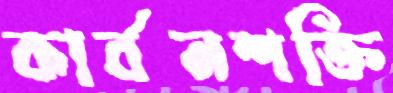
কার্বনশক্তি